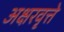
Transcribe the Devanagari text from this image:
अक्षरवृत्ते